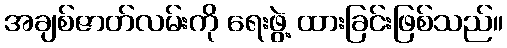
အချစ်ဇာတ်လမ်းကို ရေးဖွဲ့ ထားခြင်းဖြစ်သည်။